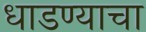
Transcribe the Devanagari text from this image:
धाडण्याचा